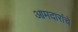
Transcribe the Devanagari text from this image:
आमदारांचे